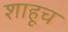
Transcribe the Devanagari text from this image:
शाहूच